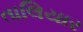
તાલિયાર